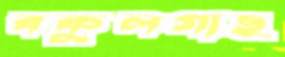
বকুলগাছ